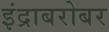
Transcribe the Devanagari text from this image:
इंद्राबरोबर